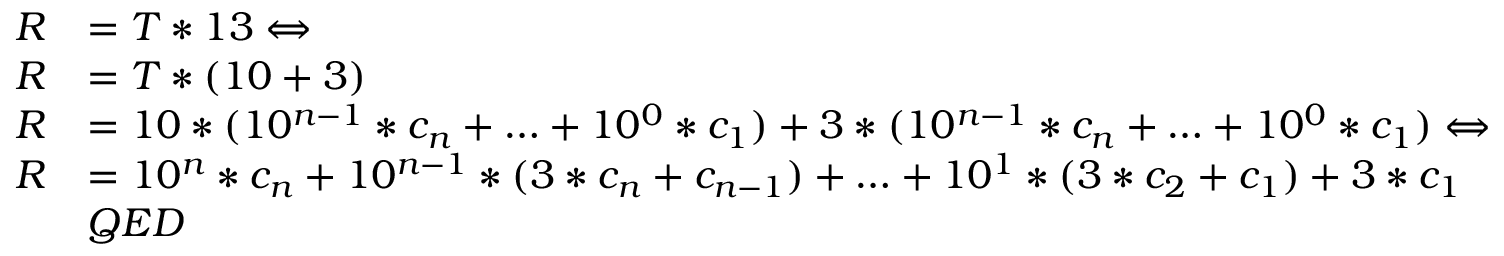
{ \begin{array} { r l } { R } & { = T * 1 3 \Leftrightarrow } \\ { R } & { = T * ( 1 0 + 3 ) } \\ { R } & { = 1 0 * ( 1 0 ^ { n - 1 } * c _ { n } + \ldots + 1 0 ^ { 0 } * c _ { 1 } ) + 3 * ( 1 0 ^ { n - 1 } * c _ { n } + \ldots + 1 0 ^ { 0 } * c _ { 1 } ) \Leftrightarrow } \\ { R } & { = 1 0 ^ { n } * c _ { n } + 1 0 ^ { n - 1 } * ( 3 * c _ { n } + c _ { n - 1 } ) + \ldots + 1 0 ^ { 1 } * ( 3 * c _ { 2 } + c _ { 1 } ) + 3 * c _ { 1 } } \\ & { Q E D } \end{array} }